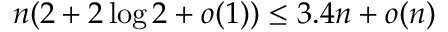
n ( 2 + 2 \log 2 + o ( 1 ) ) \leq 3 . 4 n + o ( n )